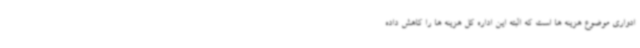
ادواری موضوع هزینه ها است که البته این اداره کل هزینه ها را کاهش داده